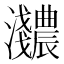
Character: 𬉰